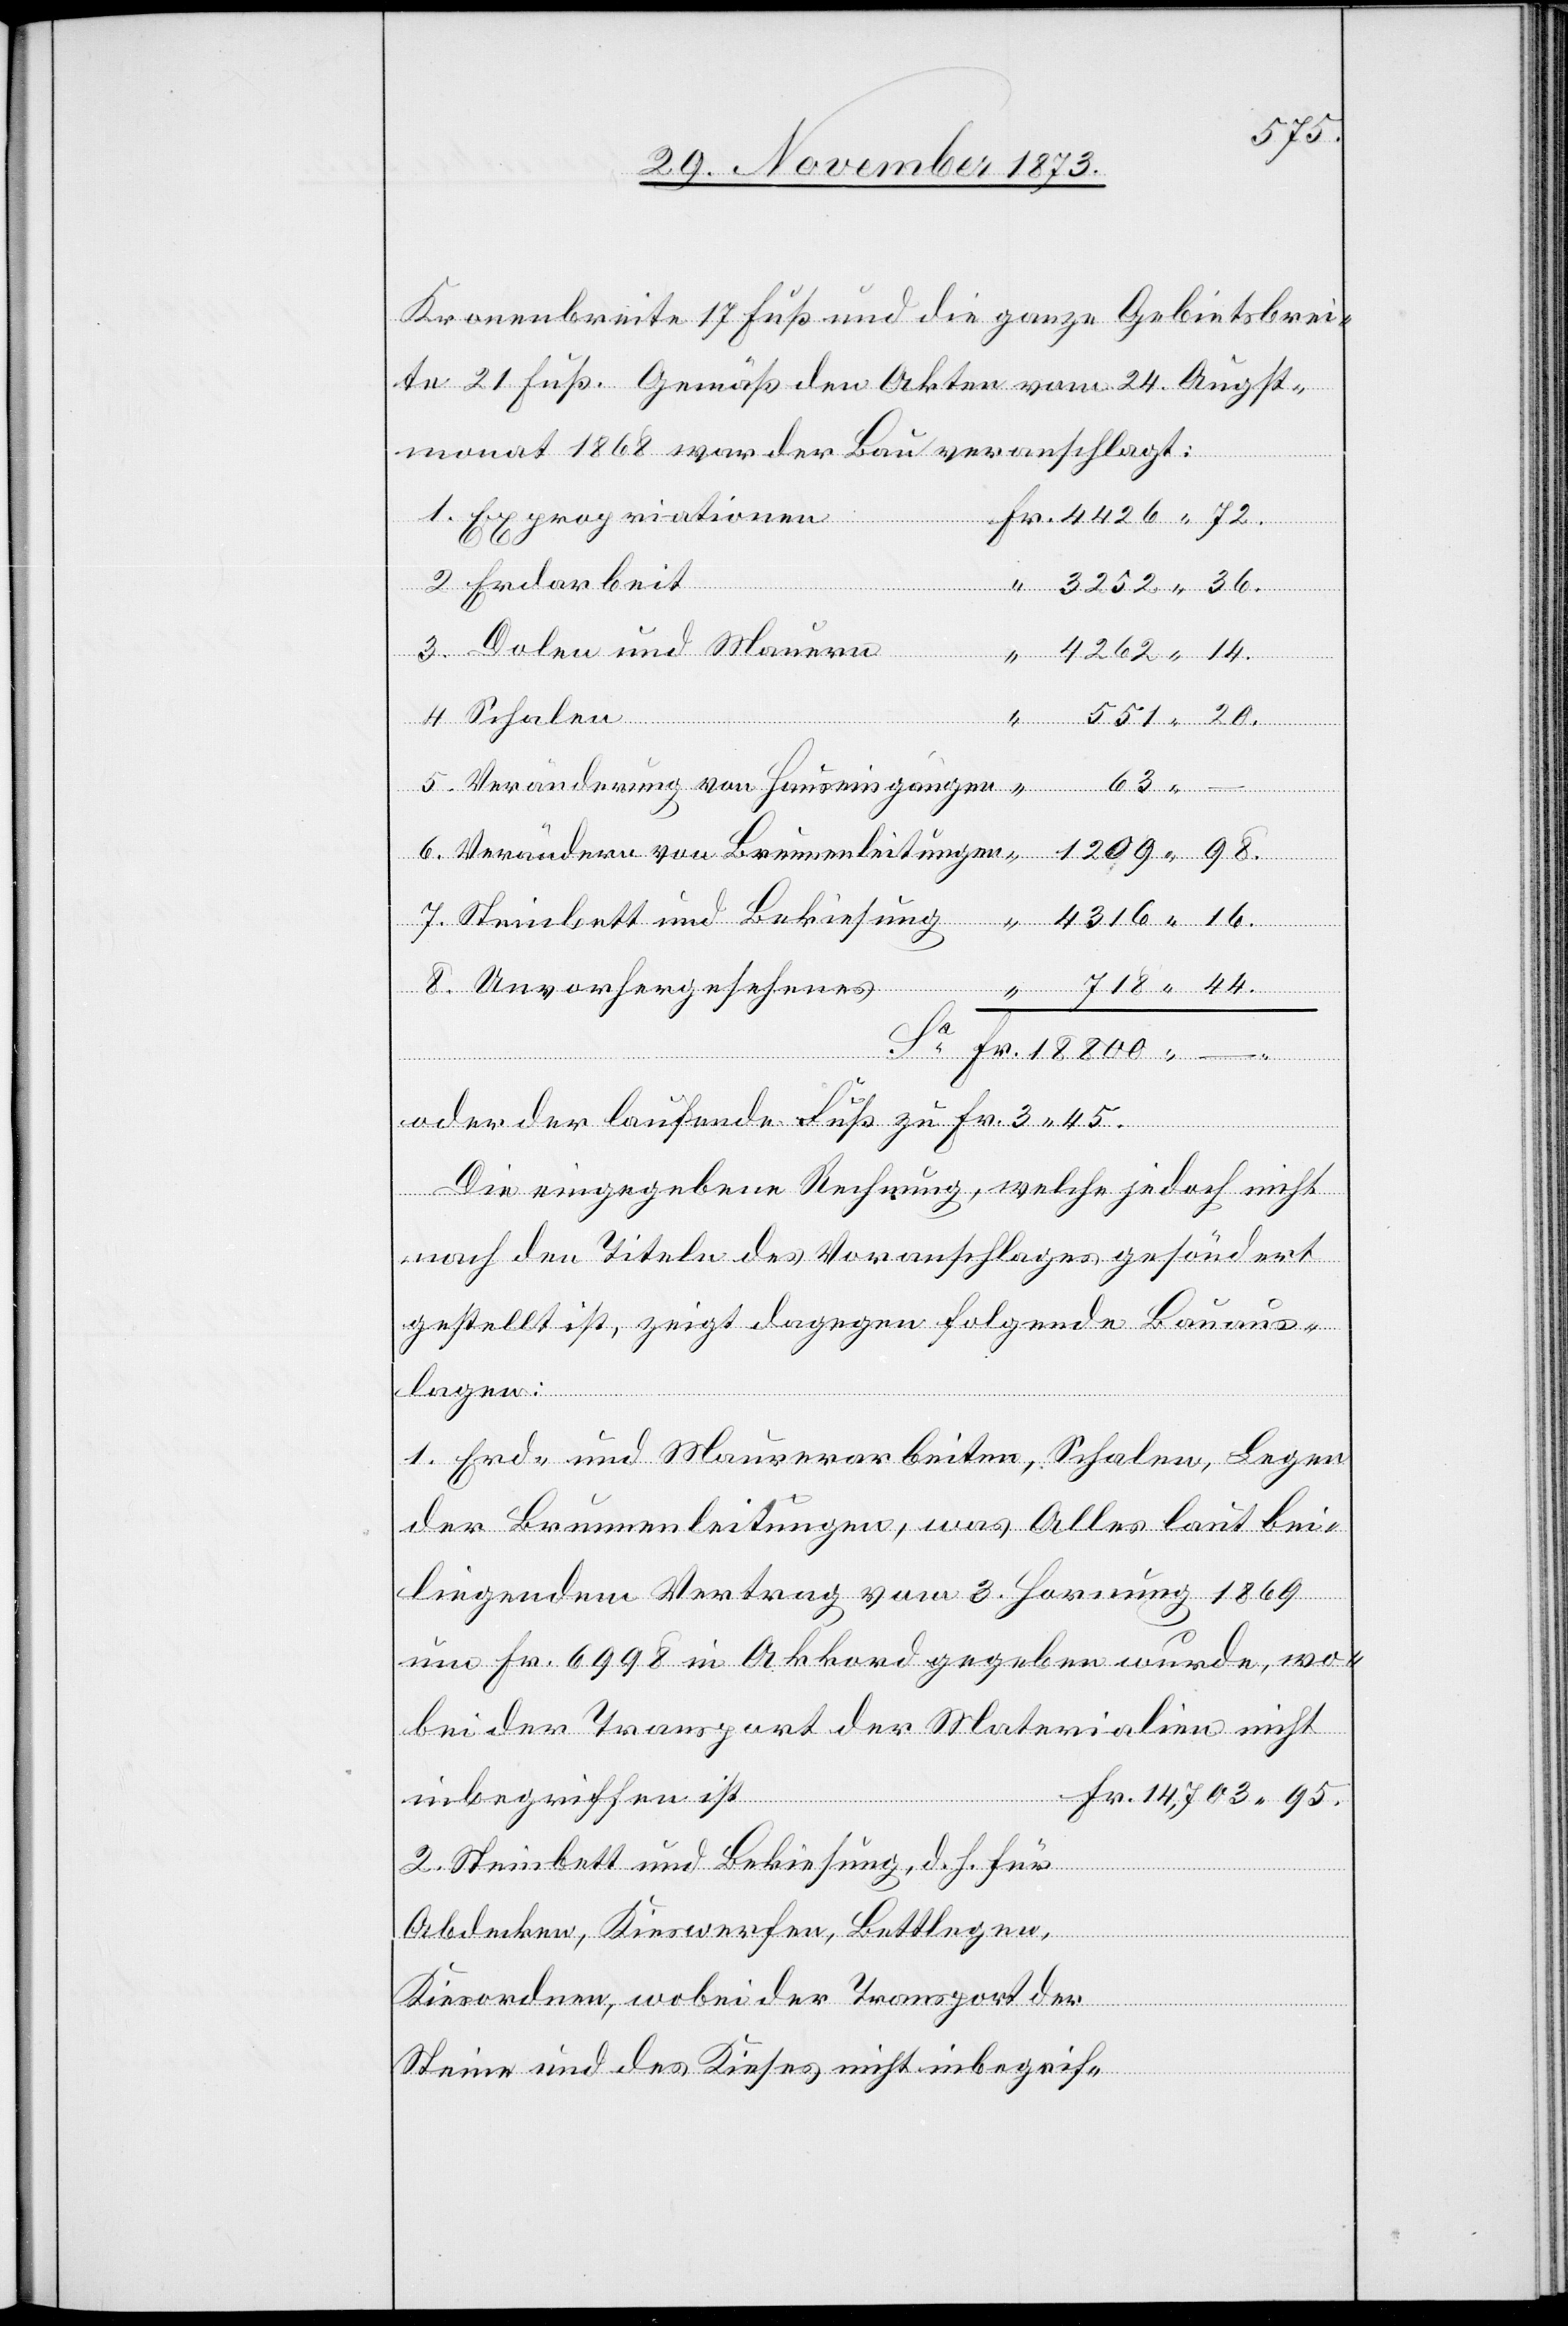
Kronenbreite 17 Fuß und die ganze Gebietsbrei¬
te 21 Fuß. Gemäß den Akten vom 24. Augst¬
monat 1868 war der Bau veranschlagt:
Erdarbeit
Schalen
95.
Fr.
Veränderung von Hauseingängen
Unvorhergesehenes
ung
oder der laufende Fuß zu Fr. 3 45.
Die eingegebene Rechnung, welche jedoch nicht
nach den Titeln des Voranschlages gesöndert
gestellt ist, zeigt dagegen folgende Bauaus¬
lagen:
1. Erd- und Maurerarbeiten, Schalen, Legen
der Brunnenleitungen, was Alles laut bei¬
liegendem Vertrag vom 3. Hornung 1869
um Fr. 6 998 in Akkord gegeben wurde, wo¬
bei der Transport der Materialien nicht
–